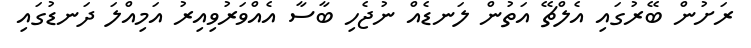
ރަށުން ބޭރުގައި އެލްޗޭ އަތުން ލަނޑެއް ނުޖެހި ބާސާ އެއްވަރުވިއިރު އަމިއްލަ ދަނޑުގައި